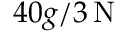
4 0 g / 3 \, \mathrm { N }